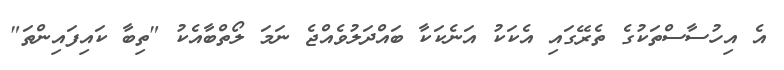
އެ އިހުސާސްތަކުގެ ތެރޭގައި އެކަކު އަނެކަކާ ބައްދަލުވެއްޖެ ނަމަ ލޯތްބާއެކު "ތިބާ ކައިފައިންތަ"